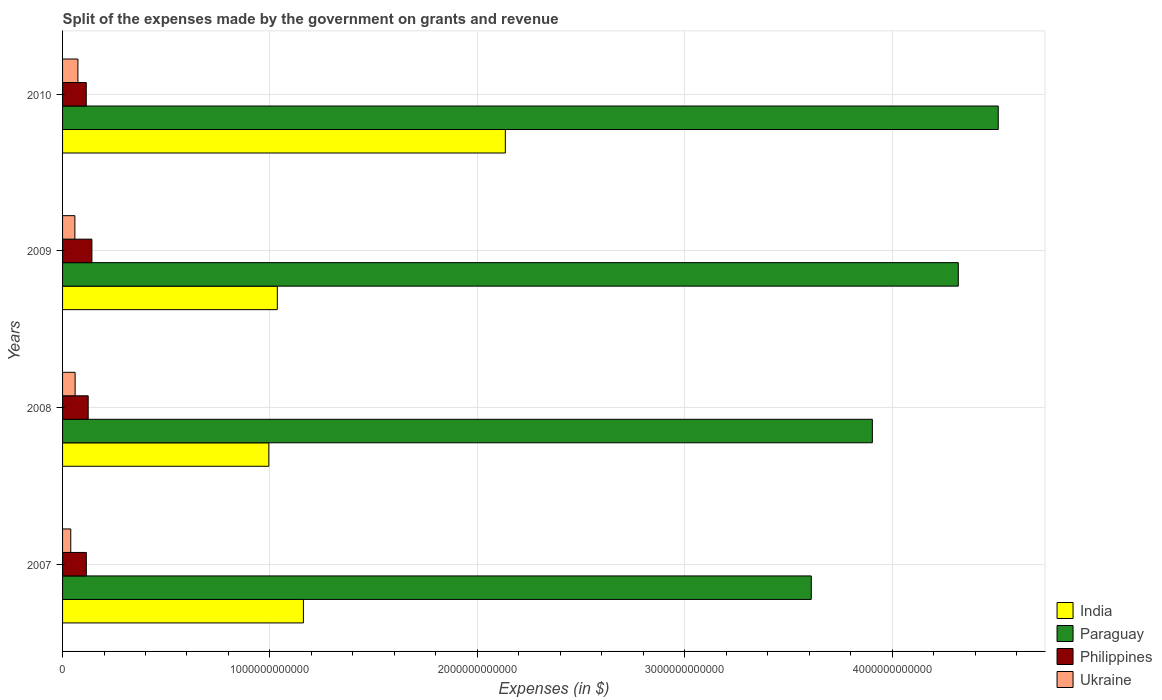
| Years | India | Paraguay | Philippines | Ukraine |
 | --- | --- | --- | --- | --- |
 | 2007 | 1.16e+12 | 3.61e+12 | 1.15e+11 | 3.95e+10 |
 | 2008 | 9.95e+11 | 3.91e+12 | 1.24e+11 | 6.05e+10 |
 | 2009 | 1.04e+12 | 4.32e+12 | 1.42e+11 | 5.94e+10 |
 | 2010 | 2.14e+12 | 4.51e+12 | 1.14e+11 | 7.4e+10 |